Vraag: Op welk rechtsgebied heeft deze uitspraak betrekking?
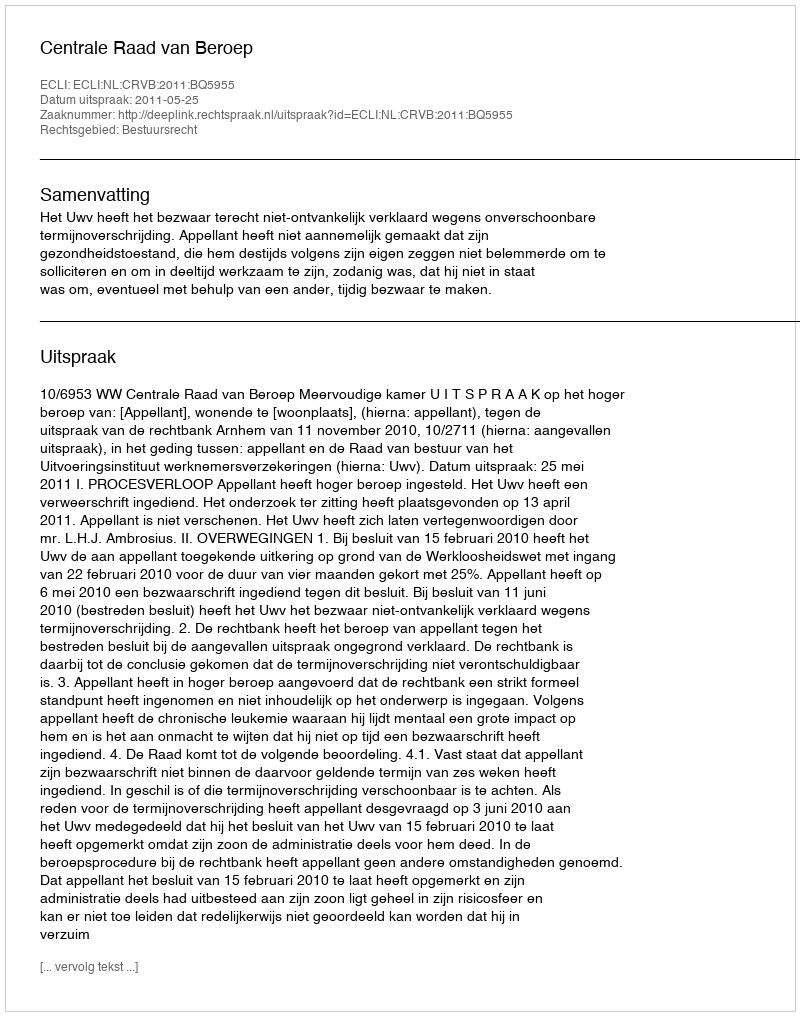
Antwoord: Bestuursrecht